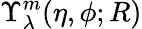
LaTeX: \Upsilon_{\lambda}^{m}(\eta,\phi;R)